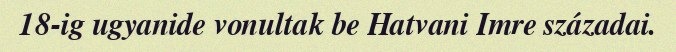
18-ig ugyanide vonultak be Hatvani Imre századai.